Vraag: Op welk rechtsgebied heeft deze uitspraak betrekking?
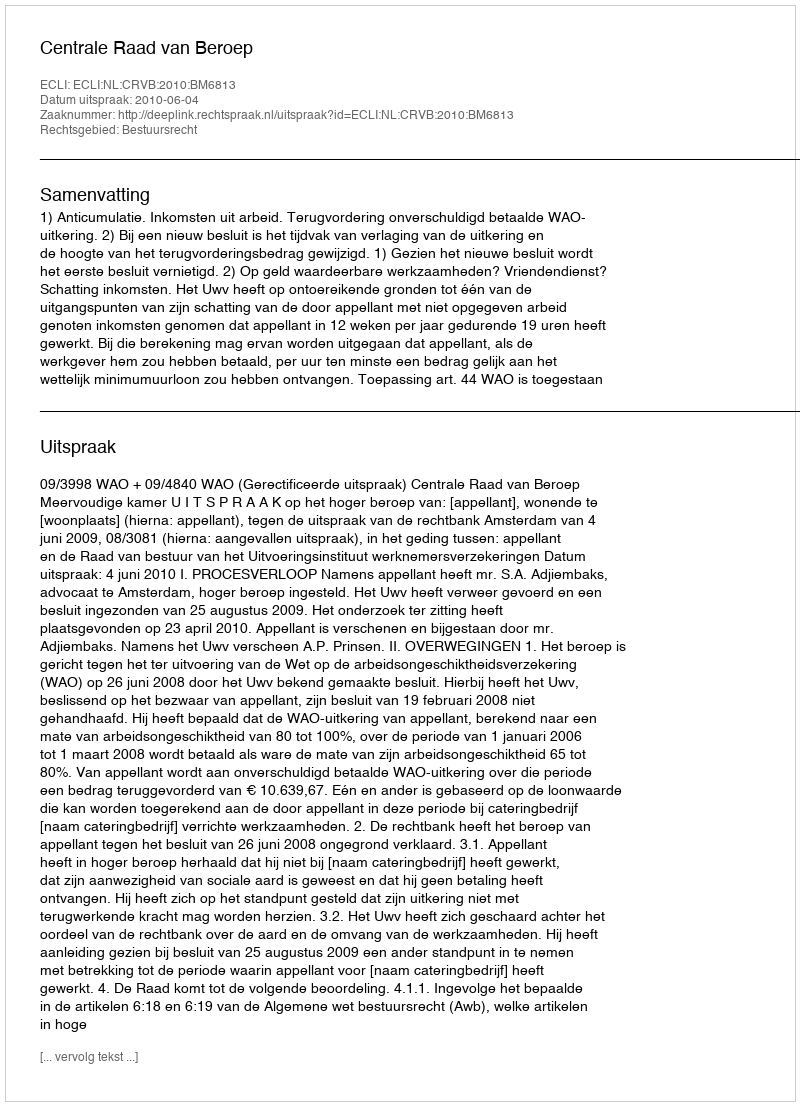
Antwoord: Bestuursrecht